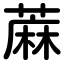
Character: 蔴